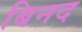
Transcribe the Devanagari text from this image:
बिनद